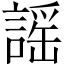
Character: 謠